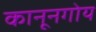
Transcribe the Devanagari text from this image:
कानूनगोय